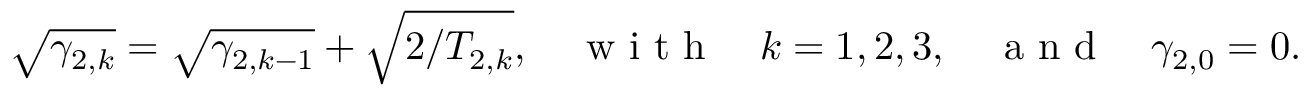
\sqrt { \gamma _ { 2 , k } } = \sqrt { \gamma _ { 2 , k - 1 } } + \sqrt { 2 / T _ { 2 , k } } , \quad \mathrm { ~ w ~ i ~ t ~ h ~ } \quad k = 1 , 2 , 3 , \quad \mathrm { ~ a ~ n ~ d ~ } \quad \gamma _ { 2 , 0 } = 0 .